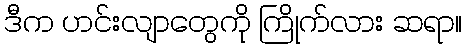
ဒီက ဟင်းလျာတွေကို ကြိုက်လား ဆရာ။